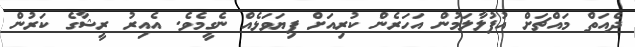
ދެއަތް މައްޗަށް އުފުލާލަމުން އަހަރެން ކުރިއަށް ފިޔަވަޅެއް ނެގީމެވެ. އެއިރު ރީޝާގެ ކަރުން